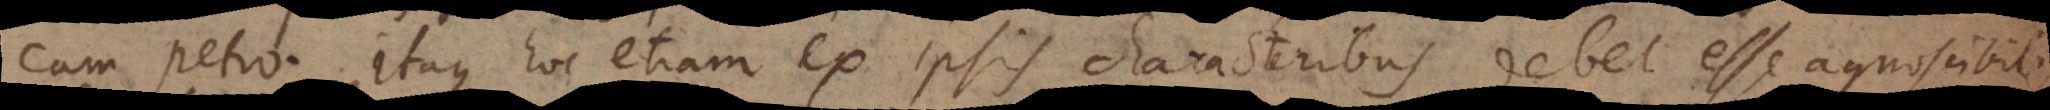
m Petro. Itaque hoc etiam ex ipsis characteribus debet esse agnoscibil